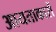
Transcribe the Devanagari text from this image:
आयताकारों